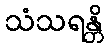
သံသရန္တိ